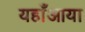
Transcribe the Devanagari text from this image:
यहाँआया